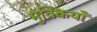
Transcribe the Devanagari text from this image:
मुक्कियाँ